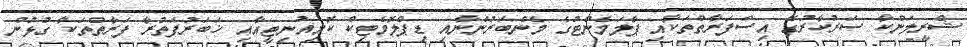
ޝްރީލަންކާ ސަރުކާރުގެ އިސްފަރާތްތަކާއި ޕާލަމެންޓުގެ މެންބަރުންނާއި ޑިޕްލޮމެޓިކް ކޮމިއުނިޓީއާއި ޚަބަރުފަތުރާ ފަރާތްތަކާ ގުޅުން